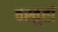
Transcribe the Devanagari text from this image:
वस्तुतों